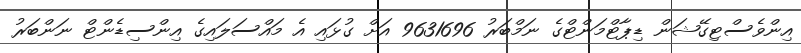
އިންވެސްޓިގޭޝަން ޑިޕާޓްމަންޓްގެ ނަމްބަރު 9631696 އަށް ގުޅައި އެ މައްސަލައިގެ އިންސިޑެންޓް ނަންބަރު